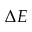
\Delta E